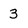
Character: 3